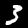
Digit: 3